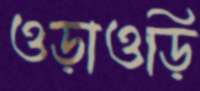
ওড়াওড়ি